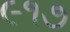
૯૧૭